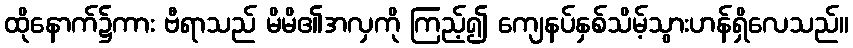
ထိုနောက်၌ကား ဗီရာသည် မိမိ၏အလှကို ကြည့်၍ ကျေနပ်နှစ်သိမ့်သွားဟန်ရှိလေသည်။